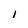
Character: 1